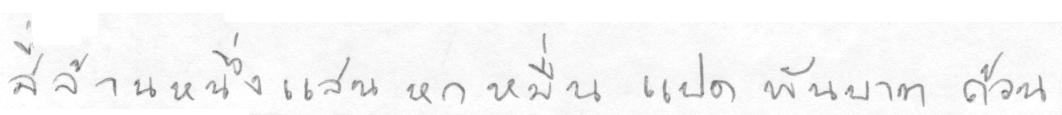
สี่ล้านหนึ่งแสนหกหมื่นแปดพันบาทถ้วน